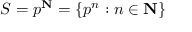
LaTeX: S = p ^ { \mathbf { N } } = \{ p ^ { n } : n \in \mathbf { N } \}